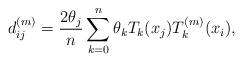
LaTeX: \begin{align*}d_{ij}^{(m)} = {\frac{2 \theta _j}{n} \sum\limits_{k = 0}^n \theta _k T_k (x_j ) T_k^{(m)} (x_i )},\end{align*}